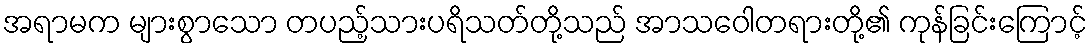
အရာမက များစွာသော တပည့်သားပရိသတ်တို့သည် အာသဝေါတရားတို့၏ ကုန်ခြင်းကြောင့်